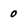
Character: 0